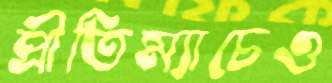
প্রীতিম্যাচেও